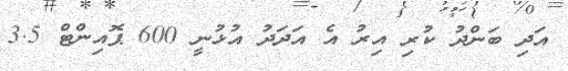
އަދި ބަންދު ކުރި އިރު އެ އަދަދު އުޅުނީ 600 ޕޮއިންޓް 3.5